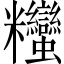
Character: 𥾃